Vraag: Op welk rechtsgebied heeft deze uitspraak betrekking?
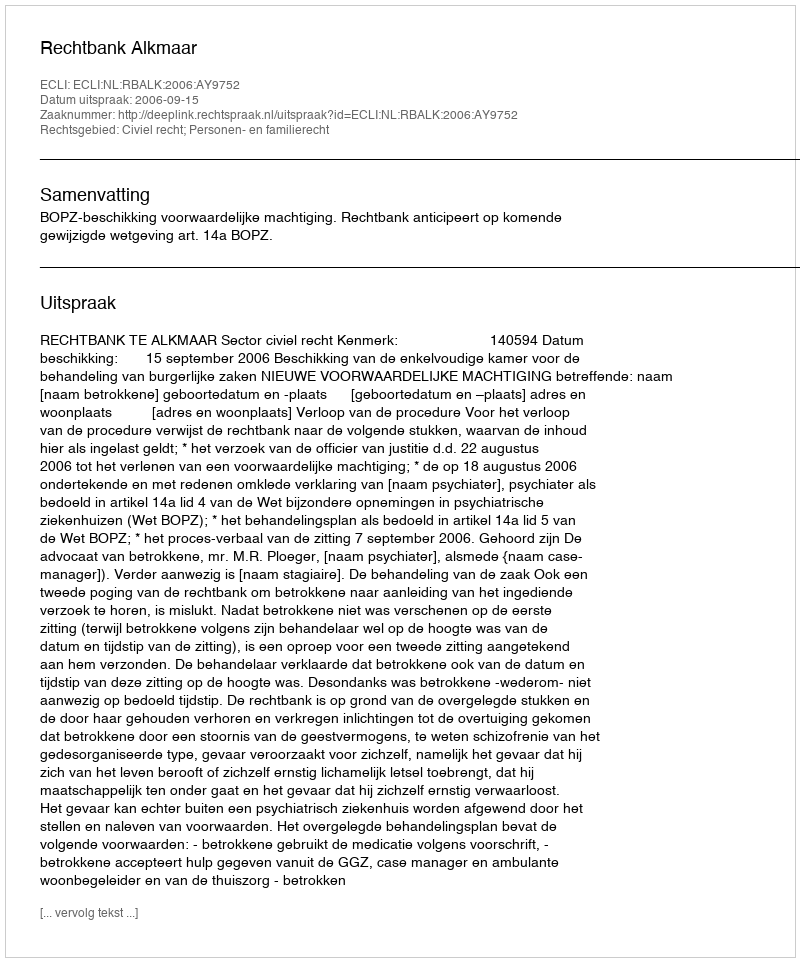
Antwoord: Civiel recht; Personen- en familierecht